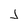
Character: J